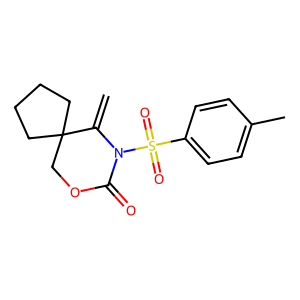
SMILES: C=C1N(S(=O)(=O)c2ccc(C)cc2)C(=O)OCC12CCCC2
Inhibits HIV replication: No